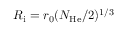
R _ { \mathrm { i } } = r _ { 0 } ( N _ { \mathrm { H e } } / 2 ) ^ { 1 / 3 }